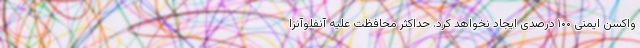
واکسن ایمنی ۱۰۰ درصدی ایجاد نخواهد کرد. حداکثر محافظت علیه آنفلوآنزا